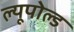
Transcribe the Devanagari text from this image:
ल्यूपोल्ड